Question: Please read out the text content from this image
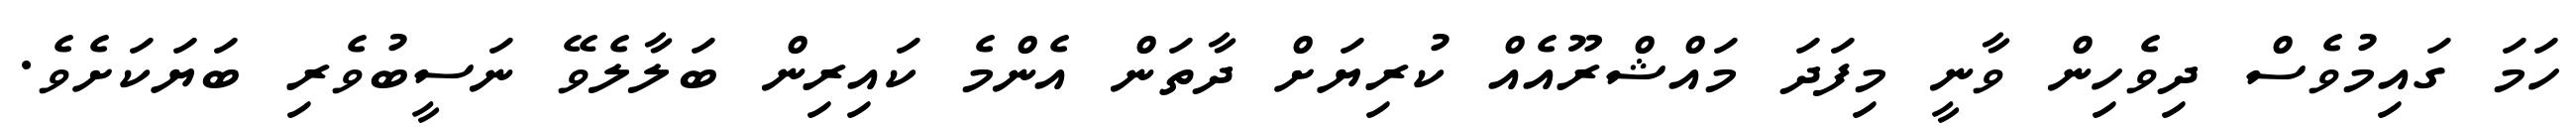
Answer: ހަމަ ގައިމުވެސް ދިވެހިން ވާނީ މިފަދަ މައްޝްރޫއެއް ކުރިޔަށް ދާތަން އެންމެ ކައިރިން ބަލާލެވޭ ނަސީބުވެރި ބަޔަކަށެވެ.